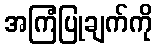
အကြံပြုချက်ကို